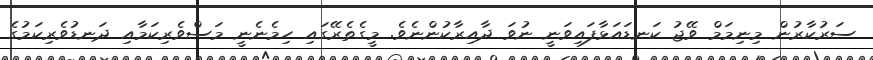
ސަރުކާރުން މިނިމަމް ވޭޖު ކަނޑައަޅާފައިވަނީ ނުވަ ދާއިރާކުންނެވެ. މީގެތެރޭގައި ހިމެނެނީ މަސްވެރިިކަމާއި ދަނޑުވެރިކަމުގެ